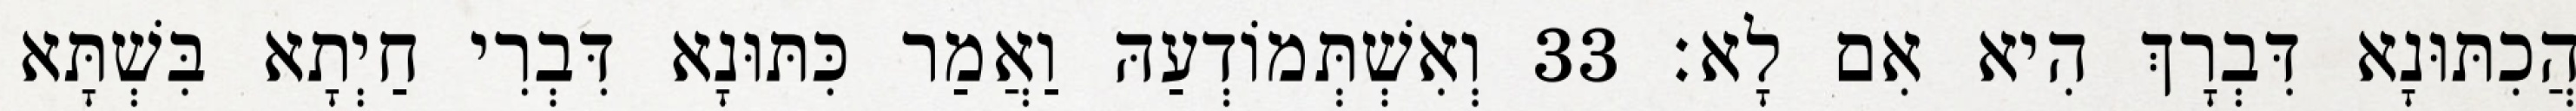
הֲכִתּוּנָא דִּבְרָךְ הִיא אִם לָא׃ 33 וְאִשְׁתְּמוֹדְעַהּ וַאֲמַר כִּתּוּנָא דִּבְרִי חַיְתָא בִּשְׁתָּא